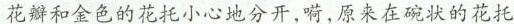
花瓣和金色的花托小心地分开,嗬,原来在碗状的花托